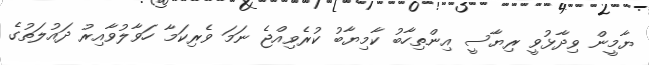
ޔާމީން ވިދާޅުވީ ރިޔާސީ އިންތިހާބު ކާމިޔާބު ކުރެވިއްޖެ ނަމަ ވެރިކަމާ ހަވާލުވާއިރު ދައުލަތުގެ